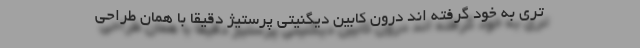
تری به خود گرفته اند درون کابین دیگنیتی پرستیژ دقیقاً با همان طراحی